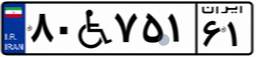
۸۰W۷۵۱۶۱